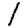
Digit: 1